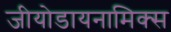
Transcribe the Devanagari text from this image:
जीयोडायनामिक्स